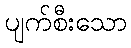
ပျက်စီးသော